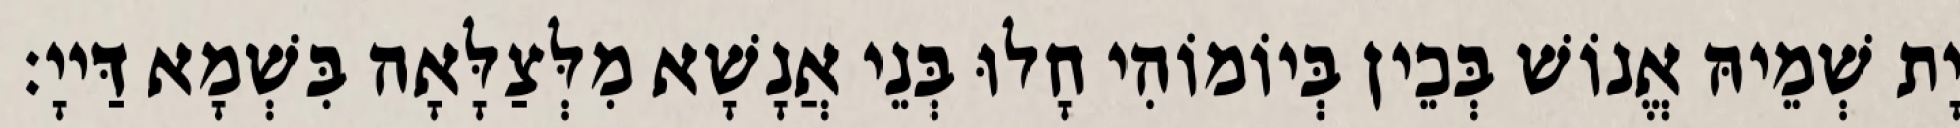
יָת שְׁמֵיהּ אֱנוֹשׁ בְּכֵין בְּיוֹמוֹהִי חָלוּ בְּנֵי אֲנָשָׁא מִלְּצַלָּאָה בִּשְׁמָא דַּייָ׃